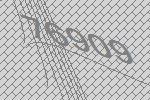
76909